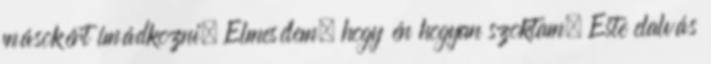
másokért imádkozni. Elmesélem, hogy én hogyan szoktam. Este elalvás